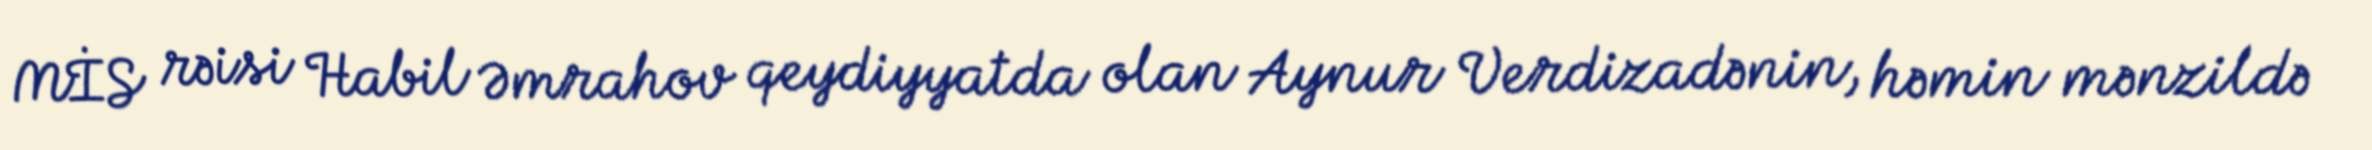
MİS rəisi Habil Əmrahov qeydiyyatda olan Aynur Verdizadənin, həmin mənzildə